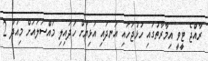
ރާއްޖެ ޓީވީ އިމާރާތުގައި ހުޅުޖަހައި އަނދައި އަޅިޔަށް ހަދައިލި މައްސަލައަށް މިއަދު 2